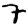
Digit: 7